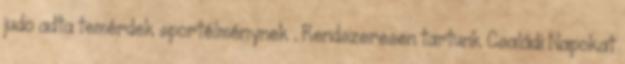
judo adta temérdek sportélménynek . Rendszeresen tartunk Családi Napokat